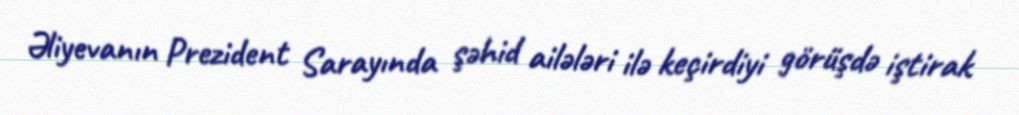
Əliyevanın Prezident Sarayında şəhid ailələri ilə keçirdiyi görüşdə iştirak